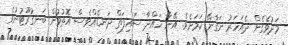
މަދުވެގެން ދެއަހަރު ނަގާނޭ ކަމަށެވެ. އޭނާ ހައްދާ ސައިފަތް ދަނޑެއްވެސް އޮތުމުން ބަނގުރޫޓުނުވެ